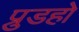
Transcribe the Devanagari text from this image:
प्रुडहो